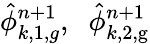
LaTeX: \hat{\phi}_{k,1,g}^{n+1},\; \; \hat{\phi}_{k,\mathrm{2,g}}^{n+1}